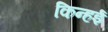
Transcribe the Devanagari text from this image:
किन्हई